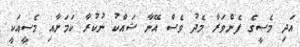
އަދި މެސީގެ ފެންވަރާ މެދު ވެސް އޭނާ ޝައްކު ނުކުރާ ކަމަށާއި މެސީއަކީ